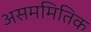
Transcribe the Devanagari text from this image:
असममितिक